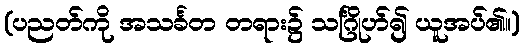
(ပညတ်ကို အသင်္ခတ တရား၌ သင်္ဂြိုဟ်၍ ယူအပ်၏။)